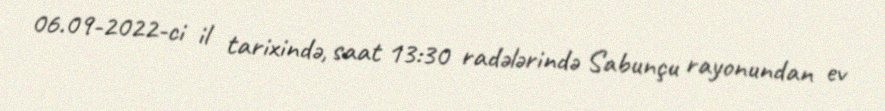
06.09-2022-ci il tarixində, saat 13:30 radələrində Sabunçu rayonundan ev